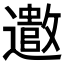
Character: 𫑍